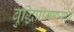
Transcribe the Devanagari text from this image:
बुद्धिप्रामाण्याचे